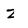
Character: z